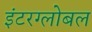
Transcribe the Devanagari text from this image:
इंटरग्लोबल